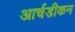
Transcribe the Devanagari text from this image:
आर्चडीकन